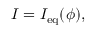
I = I _ { \mathrm { e q } } ( \phi ) ,